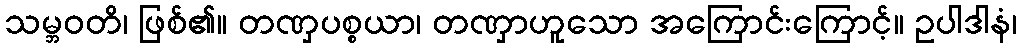
သမ္ဘဝတိ၊ ဖြစ်၏။ တဏှပစ္စယာ၊ တဏှာဟူသော အကြောင်းကြောင့်။ ဥပါဒါနံ၊